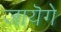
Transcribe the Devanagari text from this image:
जायॆगे